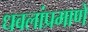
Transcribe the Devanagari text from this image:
धवलांप्रमाणे